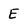
Character: E